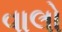
વાલો